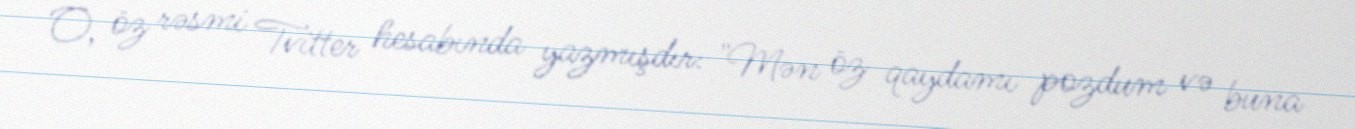
O, öz rəsmi Tvitter hesabında yazmışdır: "Mən öz qaydamı pozdum və buna